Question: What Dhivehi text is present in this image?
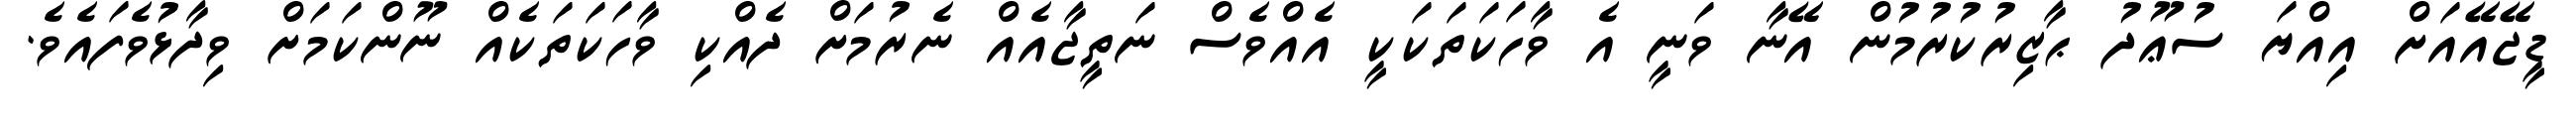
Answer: ޑީޖޭއޭއަށް އިއްޔަ ސުޢޫދު ޙާޒިރުކުރުމުން އޭނާ ވަނީ އެ ވާހަކަތަކަކީ އެއްވެސް ނަތީޖާއެއް ނެރުމަށް ދެއްކި ވާހަކަތަކެއް ނޫންކަމަށް ވިދާޅުވެފައެވެ.